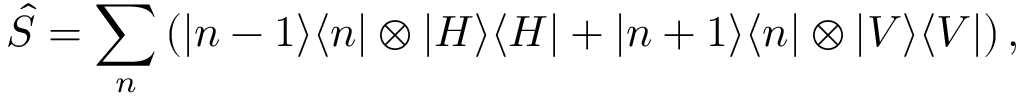
\hat { S } = \sum _ { n } \left( | n - 1 \rangle \langle n | \otimes | H \rangle \langle H | + | n + 1 \rangle \langle n | \otimes | V \rangle \langle V | \right) ,